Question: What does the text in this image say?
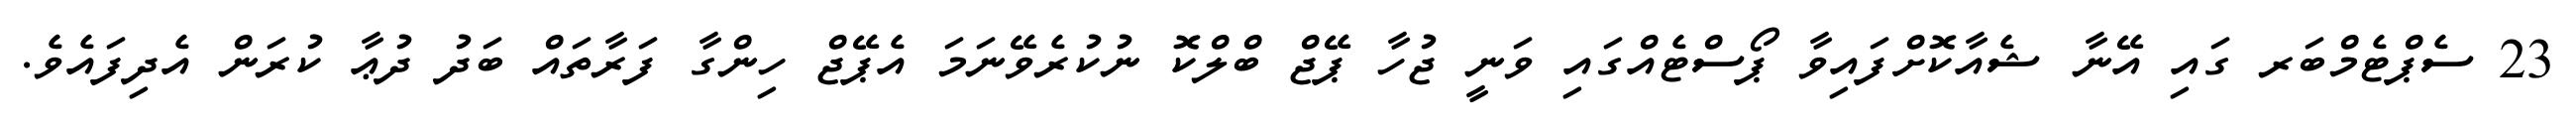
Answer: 23 ސެޕްޓެމްބަރ ގައި އޭނާ ޝެއާކޮށްފައިވާ ޕޯސްޓެއްގައި ވަނީ ޖުހާ ޕޭޖް ބްލްކޮ ނުކުރެވޭނަމަ އެޕޭޖް ހިންގާ ފަރާތައް ބަދު ދުޢާ ކުރަން އެދިފައެވެ.